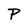
Character: P